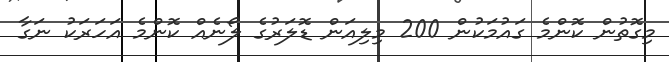
މިގޮތުން ކޮންމެ ގައުމަކުން 200 މިލިއަން ޑޮލަރުގެ ލޯނެއް ކޮންމެ އަހަރަކު ނަގާ